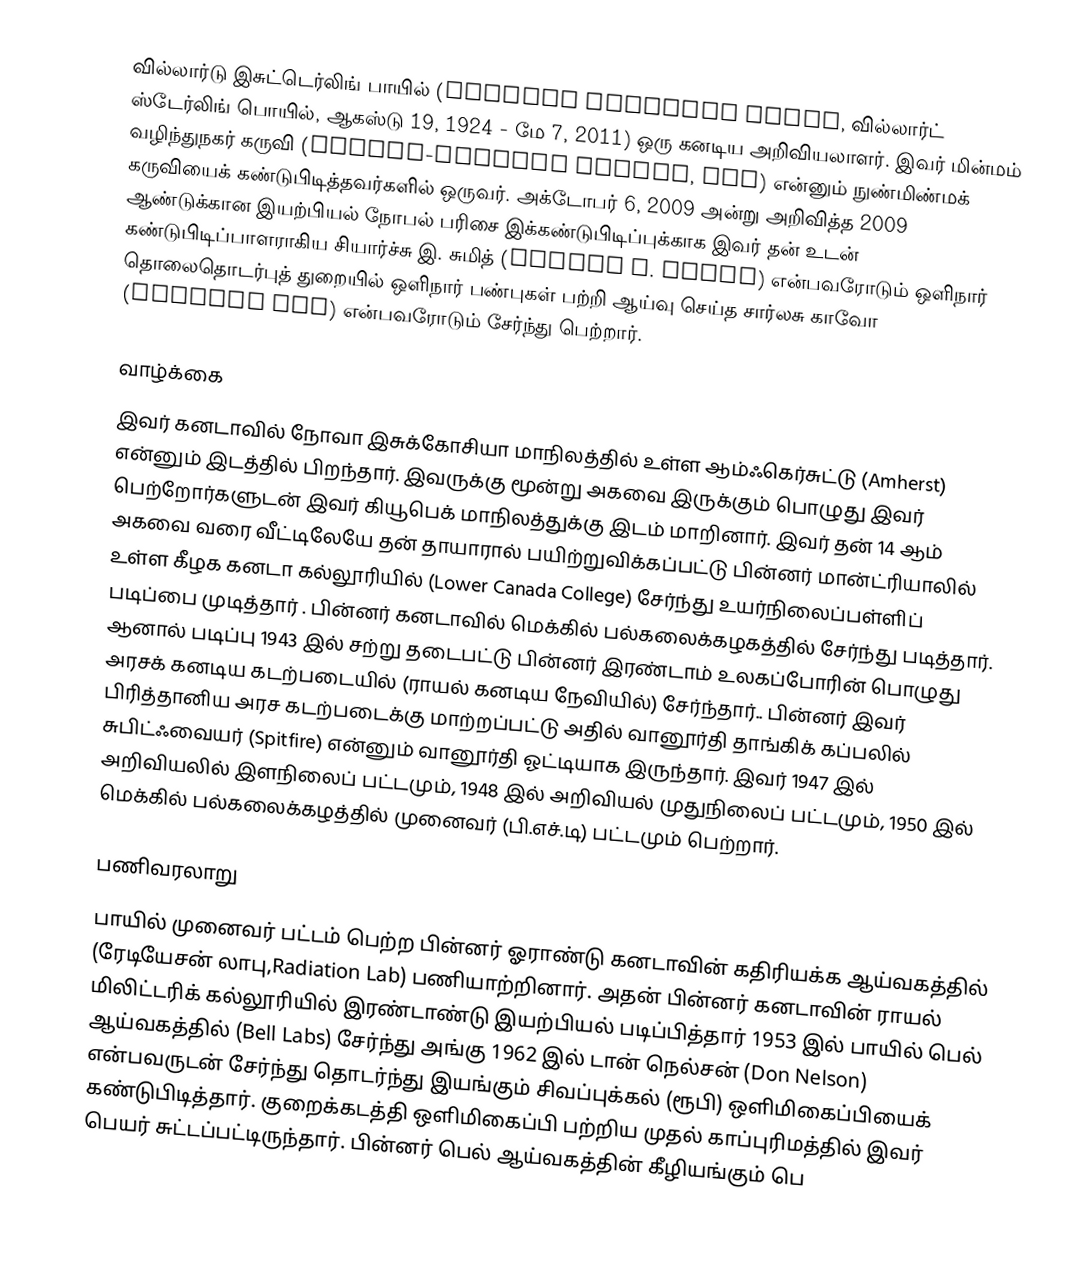
வில்லார்டு இசுட்டெர்லிங் பாயில் (Willard Sterling Boyle, வில்லார்ட் ஸ்டேர்லிங் பொயில், ஆகஸ்டு 19, 1924 - மே 7, 2011) ஒரு கனடிய அறிவியலாளர். இவர் மின்மம் வழிந்துநகர் கருவி (charge-coupled device, CCD) என்னும் நுண்மிண்மக் கருவியைக் கண்டுபிடித்தவர்களில் ஒருவர். அக்டோபர் 6, 2009 அன்று அறிவித்த 2009 ஆண்டுக்கான இயற்பியல் நோபல் பரிசை இக்கண்டுபிடிப்புக்காக இவர் தன் உடன் கண்டுபிடிப்பாளராகிய சியார்ச்சு இ. சுமித் (George E. Smith) என்பவரோடும் ஒளிநார் தொலைதொடர்புத் துறையில் ஒளிநார் பண்புகள் பற்றி ஆய்வு செய்த சார்லசு காவோ (Charles Kao) என்பவரோடும் சேர்ந்து பெற்றார்.

வாழ்க்கை
இவர் கனடாவில் நோவா இசுக்கோசியா மாநிலத்தில் உள்ள ஆம்ஃகெர்சுட்டு (Amherst) என்னும் இடத்தில் பிறந்தார். இவருக்கு மூன்று அகவை இருக்கும் பொழுது இவர் பெற்றோர்களுடன் இவர் கியூபெக் மாநிலத்துக்கு இடம் மாறினார். இவர் தன் 14 ஆம் அகவை வரை வீட்டிலேயே தன் தாயாரால் பயிற்றுவிக்கப்பட்டு பின்னர் மான்ட்ரியாலில் உள்ள கீழக கனடா கல்லூரியில் (Lower Canada College) சேர்ந்து உயர்நிலைப்பள்ளிப் படிப்பை முடித்தார் . பின்னர் கனடாவில் மெக்கில் பல்கலைக்கழகத்தில் சேர்ந்து படித்தார். ஆனால் படிப்பு 1943 இல் சற்று தடைபட்டு  பின்னர் இரண்டாம் உலகப்போரின் பொழுது அரசக் கனடிய கடற்படையில் (ராயல் கனடிய நேவியில்) சேர்ந்தார்.. பின்னர் இவர் பிரித்தானிய அரச கடற்படைக்கு மாற்றப்பட்டு அதில் வானூர்தி தாங்கிக் கப்பலில் சுபிட்ஃவையர் (Spitfire) என்னும் வானூர்தி ஓட்டியாக இருந்தார். இவர் 1947 இல் அறிவியலில் இளநிலைப் பட்டமும், 1948 இல் அறிவியல் முதுநிலைப் பட்டமும், 1950 இல் மெக்கில் பல்கலைக்கழத்தில் முனைவர் (பி.எச்.டி) பட்டமும் பெற்றார்.

பணிவரலாறு
பாயில் முனைவர் பட்டம் பெற்ற பின்னர் ஓராண்டு கனடாவின் கதிரியக்க ஆய்வகத்தில் (ரேடியேசன் லாபு,Radiation Lab) பணியாற்றினார். அதன் பின்னர் கனடாவின் ராயல் மிலிட்டரிக் கல்லூரியில் இரண்டாண்டு இயற்பியல் படிப்பித்தார் 1953 இல் பாயில் பெல் ஆய்வகத்தில் (Bell Labs) சேர்ந்து அங்கு 1962 இல் டான் நெல்சன் (Don Nelson) என்பவருடன் சேர்ந்து தொடர்ந்து இயங்கும் சிவப்புக்கல் (ரூபி) ஒளிமிகைப்பியைக் கண்டுபிடித்தார். குறைக்கடத்தி ஒளிமிகைப்பி பற்றிய முதல் காப்புரிமத்தில் இவர் பெயர் சுட்டப்பட்டிருந்தார். பின்னர் பெல் ஆய்வகத்தின் கீழியங்கும் பெ